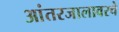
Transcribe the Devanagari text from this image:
आंतरजालावरचे